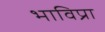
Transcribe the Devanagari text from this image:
भाविप्रा